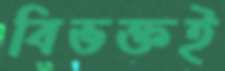
বিভক্তই